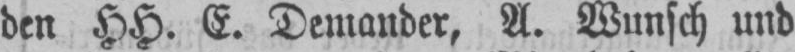
den HH. E. Demander, A. Wunsch und